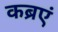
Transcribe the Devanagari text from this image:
कब्रएं